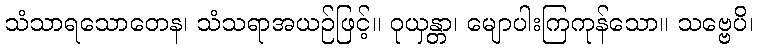
သံသာရသောတေန၊ သံသရာအယဉ်ဖြင့်။ ဝုယှန္တာ၊ မျောပါးကြကုန်သော။ သဗ္ဗေပိ၊